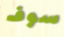
سوف